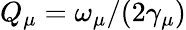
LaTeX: Q_{\mu}=\omega_{\mu}/(2\gamma_{\mu})